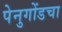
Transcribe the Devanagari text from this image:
पेनुगोंडचा